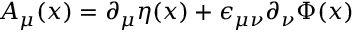
A _ { \mu } ( x ) = \partial _ { \mu } \eta ( x ) + \epsilon _ { \mu \nu } \partial _ { \nu } \Phi ( x )